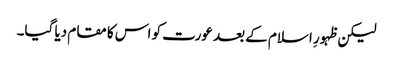
لیکن ظہورِ اسلام کے بعد عورت کو اس کا مقام دیا گیا۔